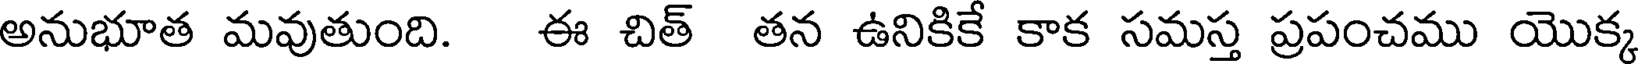
అనుభూత మవుతుంది. ఈ చిత్ తన ఉనికికే కాక సమస్త ప్రపంచము యొక్క